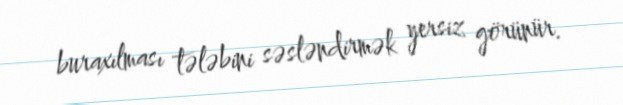
buraxılması tələbini səsləndirmək yersiz görünür.